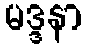
မဒ္ဒနာ